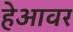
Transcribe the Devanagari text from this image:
हेआवर